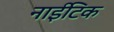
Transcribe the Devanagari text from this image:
नाईटिक